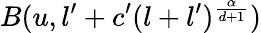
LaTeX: B(u,l^{\prime}+c^{\prime}(l+l^{\prime})^{\frac{\alpha}{d+1}})